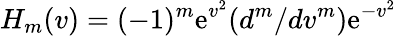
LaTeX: H_{m}(v)=(-1)^{m}\mathrm{e}^{v^{2}}(d^{m}/dv^{m})\mathrm{e}^{-v^{2}}